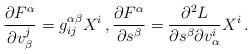
LaTeX: \begin{align*} \frac{\partial F^{\alpha}}{\partial v^j_{\beta}} = g^{\alpha\beta}_{ij} X^i \,, \frac{\partial F^{\alpha}}{\partial s^{\beta}} = \frac{\partial^2L}{\partial s^\beta \partial v^i_\alpha} X^i \,. \end{align*}